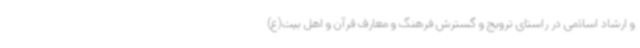
و ارشاد اسلامی در راستای ترویج و گسترش فرهنگ و معارف قرآن و اهل بیت(ع)